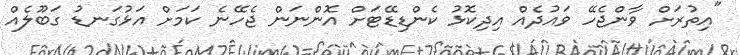
"އިތުރަށް ވާންޖެހޭ ވައުދެއް އިދިކޮޅު ކެންޑިޑޭޓަށް އޮންނަން ޖެހޭނެ ކަމަށް އަޅުގަނޑު ގަބޫލެއް